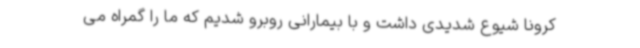
کرونا شیوع شدیدی داشت و با بیمارانی روبرو شدیم که ما را گمراه می